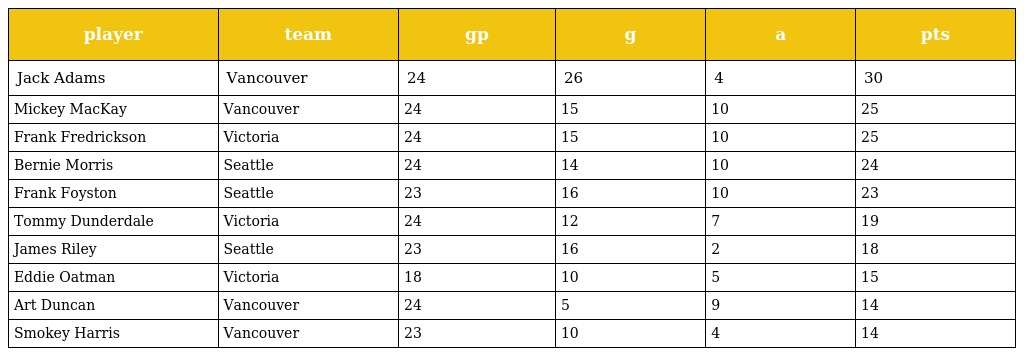
| player | team | gp | g | a | pts |
 | --- | --- | --- | --- | --- | --- |
 | Jack Adams | Vancouver | 24 | 26 | 4 | 30 |
 | Mickey MacKay | Vancouver | 24 | 15 | 10 | 25 |
 | Frank Fredrickson | Victoria | 24 | 15 | 10 | 25 |
 | Bernie Morris | Seattle | 24 | 14 | 10 | 24 |
 | Frank Foyston | Seattle | 23 | 16 | 10 | 23 |
 | Tommy Dunderdale | Victoria | 24 | 12 | 7 | 19 |
 | James Riley | Seattle | 23 | 16 | 2 | 18 |
 | Eddie Oatman | Victoria | 18 | 10 | 5 | 15 |
 | Art Duncan | Vancouver | 24 | 5 | 9 | 14 |
 | Smokey Harris | Vancouver | 23 | 10 | 4 | 14 |